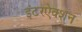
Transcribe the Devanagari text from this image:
इंटरऐक्शन